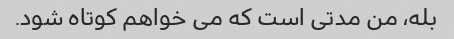
بله، من مدتی است که می خواهم کوتاه شود.